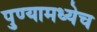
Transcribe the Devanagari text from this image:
पुण्यामध्येच